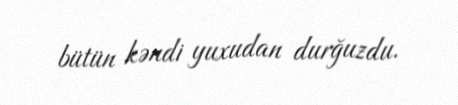
bütün kəndi yuxudan durğuzdu.